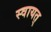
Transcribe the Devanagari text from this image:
स्वायत्